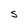
Character: S